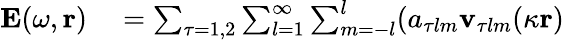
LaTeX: \begin{array}{rl}{\mathbf{E}(\omega,\mathbf{r})}&{{}=\sum_{\tau=1,2}\sum_{l=1}^{\infty}\sum_{m=-l}^{l}(a_{\tau lm}\mathbf{v}_{\tau lm}(\kappa\mathbf{r})}\end{array}